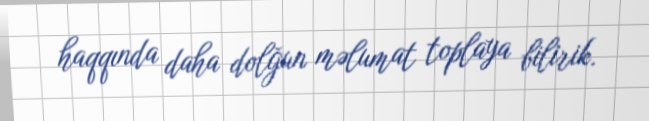
haqqında daha dolğun məlumat toplaya bilirik.